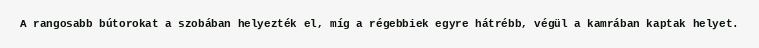
A rangosabb bútorokat a szobában helyezték el, míg a régebbiek egyre hátrébb, végül a kamrában kaptak helyet.